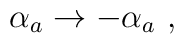
\alpha_a \to -\alpha_a\ ,